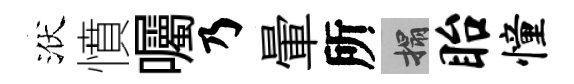
洑憤囑乃暈所搨眙憧